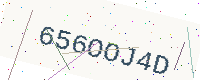
Text: 656OOJ4D